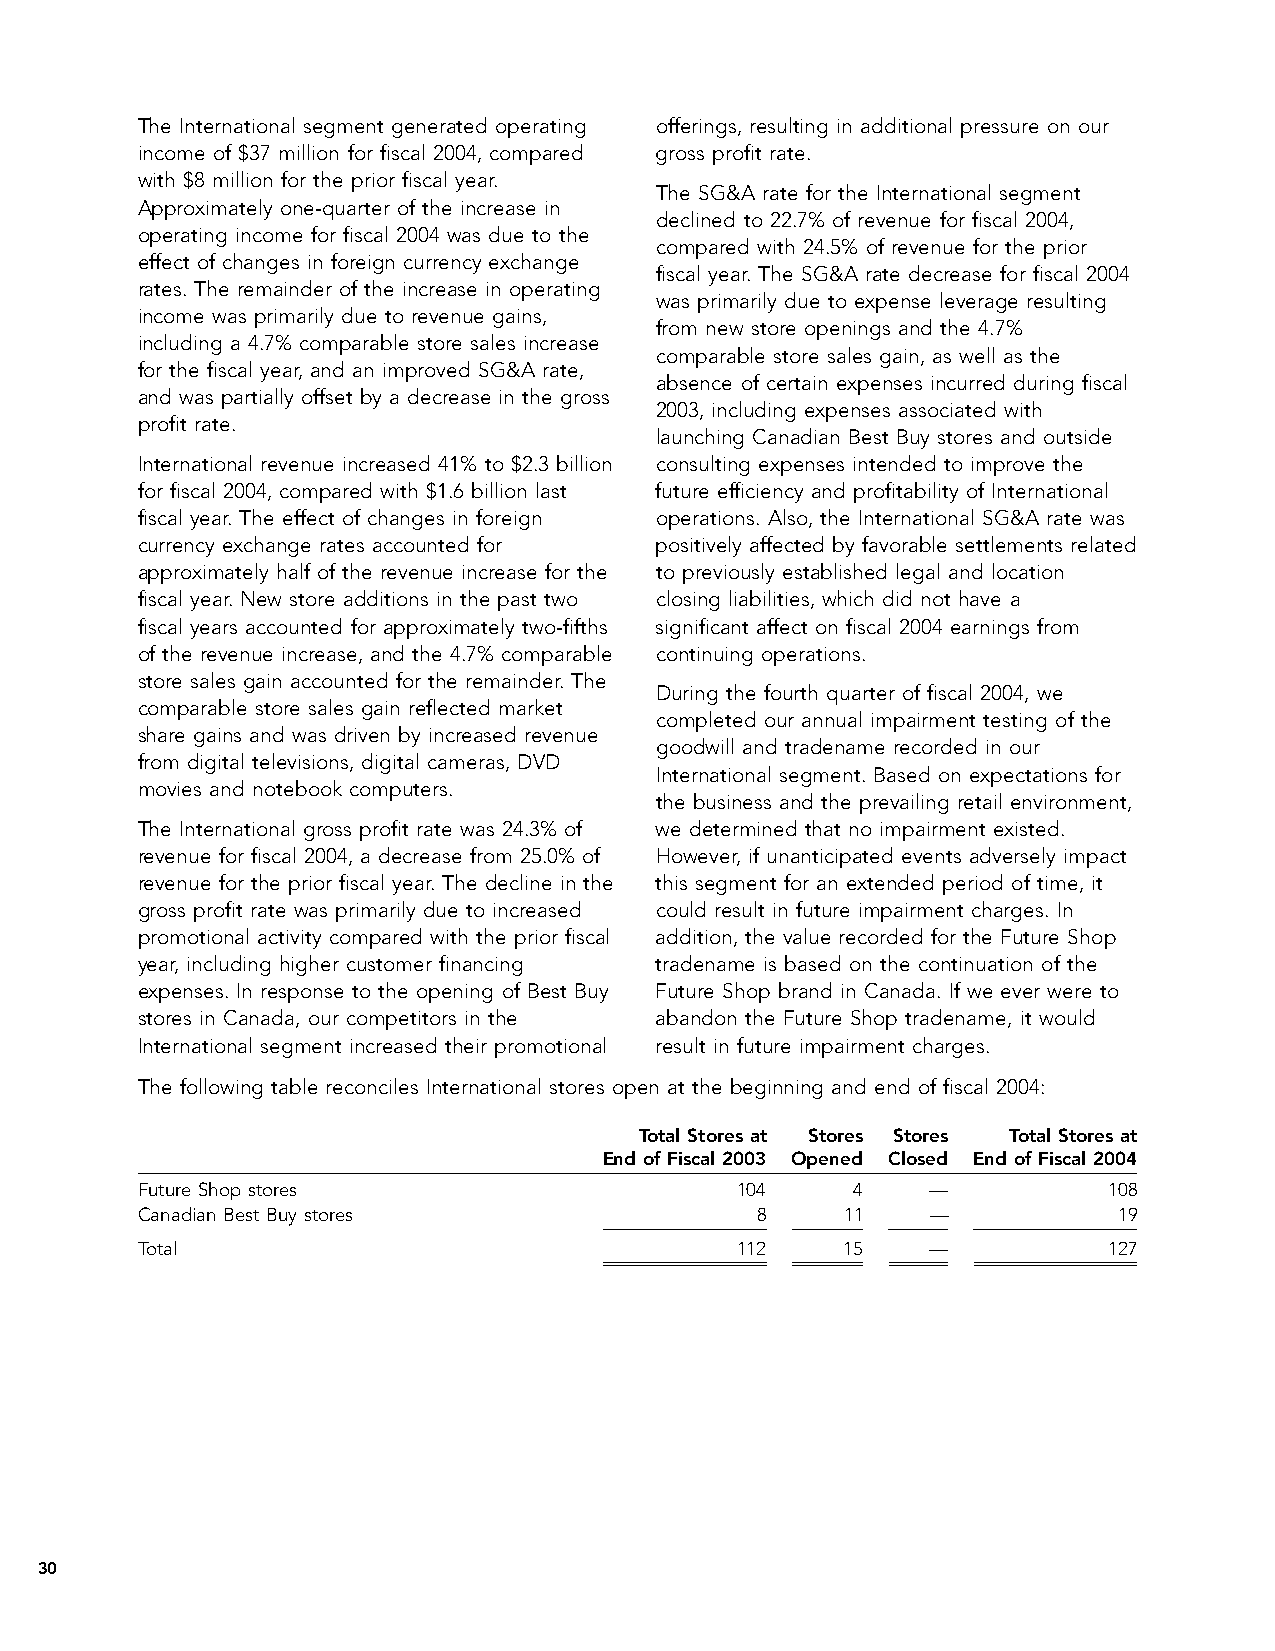
The International segment generated operating offerings, resulting in additional pressure on our
 income of $37 million for fiscal 2004, compared gross profit rate.
 with $8 million for the prior fiscal year.
 The SG&A rate for the International segment
 Approximately one-quarter of the increase in
 declined to 22.7% of revenue for fiscal 2004,
 operating income for fiscal 2004 was due to the
 compared with 24.5% of revenue for the prior
 effect of changes in foreign currency exchange
 fiscal year. The SG&A rate decrease for fiscal 2004
 rates. The remainder of the increase in operating
 was primarily due to expense leverage resulting
 income was primarily due to revenue gains,
 from new store openings and the 4.7%
 including a 4.7% comparable store sales increase
 comparable store sales gain, as well as the
 for the fiscal year, and an improved SG&A rate,
 absence of certain expenses incurred during fiscal
 and was partially offset by a decrease in the gross
 2003, including expenses associated with
 profit rate.
 launching Canadian Best Buy stores and outside
 International revenue increased 41% to $2.3 billion consulting expenses intended to improve the
 for fiscal 2004, compared with $1.6 billion last future efficiency and profitability of International
 fiscal year. The effect of changes in foreign operations. Also, the International SG&A rate was
 currency exchange rates accounted for positively affected by favorable settlements related
 approximately half of the revenue increase for the to previously established legal and location
 fiscal year. New store additions in the past two closing liabilities, which did not have a
 fiscal years accounted for approximately two-fifths significant affect on fiscal 2004 earnings from
 of the revenue increase, and the 4.7% comparable continuing operations.
 store sales gain accounted for the remainder. The
 During the fourth quarter of fiscal 2004, we
 comparable store sales gain reflected market
 completed our annual impairment testing of the
 share gains and was driven by increased revenue
 goodwill and tradename recorded in our
 from digital televisions, digital cameras, DVD
 International segment. Based on expectations for
 movies and notebook computers.
 the business and the prevailing retail environment,
 The International gross profit rate was 24.3% of we determined that no impairment existed.
 revenue for fiscal 2004, a decrease from 25.0% of However, if unanticipated events adversely impact
 revenue for the prior fiscal year. The decline in the this segment for an extended period of time, it
 gross profit rate was primarily due to increased could result in future impairment charges. In
 promotional activity compared with the prior fiscal addition, the value recorded for the Future Shop
 year, including higher customer financing tradename is based on the continuation of the
 expenses. In response to the opening of Best Buy Future Shop brand in Canada. If we ever were to
 stores in Canada, our competitors in the abandon the Future Shop tradename, it would
 International segment increased their promotional result in future impairment charges.
 The following table reconciles International stores open at the beginning and end of fiscal 2004:
 Total Stores at Stores Stores Total Stores at
 End of Fiscal 2003 Opened Closed End of Fiscal 2004
 Future Shop stores                      104     4    —          108
 Canadian Best Buy stores                 8     11    —           19
 Total                                   112    15    —          127
 30